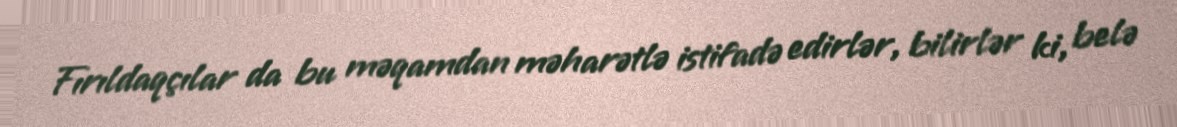
Fırıldaqçılar da bu məqamdan məharətlə istifadə edirlər, bilirlər ki, belə